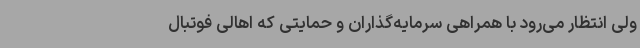
ولی انتظار می‌رود با همراهی سرمایه‌گذاران و حمایتی که اهالی فوتبال